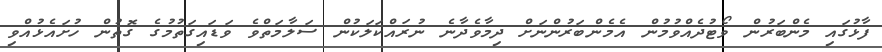
ފާޅުގައި މެންބަރުން ވޯޓުދެއްވުމުން އެމެންބަރުންނަށް ދިމާވެދާނެ ނުރައްކަލަކުން ސަލާމަތްވެ ވަޑައިގަތުމުގެ ގޮތުން ހުށައެޅުއްވި